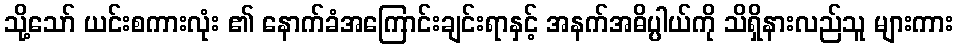
သို့သော် ယင်းစကားလုံး ၏ နောက်ခံအကြောင်းချင်းရာနှင့် အနက်အဓိပ္ပါယ်ကို သိရှိနားလည်သူ များကား